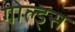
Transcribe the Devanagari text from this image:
गोल्ड्स